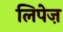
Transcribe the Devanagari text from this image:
लिपेज़